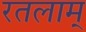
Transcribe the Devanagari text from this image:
रतलाम्